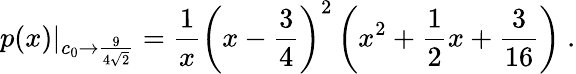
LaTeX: p(x)|_{c_{0}\to{\frac{9}{4\sqrt{2}}}}={\frac{1}{x}}\left(x-{\frac{3}{4}}\right)^{2}\left(x^{2}+{\frac{1}{2}}x+{\frac{3}{16}}\right)\ .